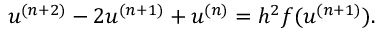
u ^ { ( n + 2 ) } - 2 u ^ { ( n + 1 ) } + u ^ { ( n ) } = h ^ { 2 } f ( u ^ { ( n + 1 ) } ) .